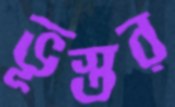
ভূস্তর